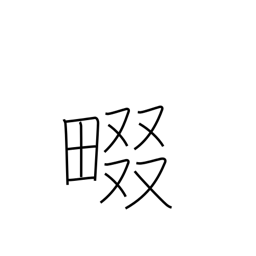
Meaning: rice field ridge path